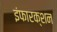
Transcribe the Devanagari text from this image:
इंफारक्शन